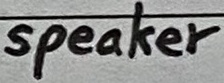
Text: speaker